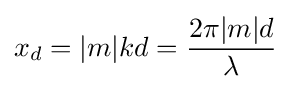
x_{d}=|m|kd={\frac {2\pi |m|d}{\lambda }}